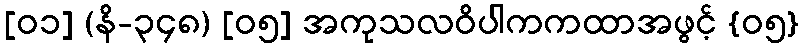
[၀၁] (နိ-၃၄၈) [၀၅] အကုသလဝိပါကကထာအဖွင့် {၀၅}